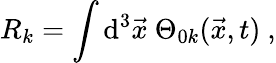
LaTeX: R_{k}=\int\mathrm{d}^{3}\vec{{x}}~\Theta_{0k}(\vec{{x}},t)~,